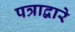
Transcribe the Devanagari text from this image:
पत्राद्वारे